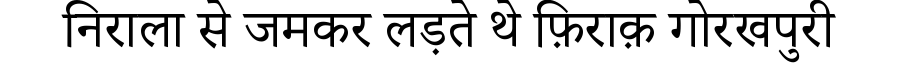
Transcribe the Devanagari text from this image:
निराला से जमकर लड़ते थे फ़िराक़ गोरखपुरी